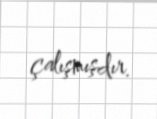
çalışmışdır.